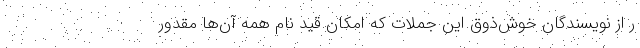
ر از نویسندگان خوش‌ذوق این جملات که امکان قید نام همه آن‌ها مقدور